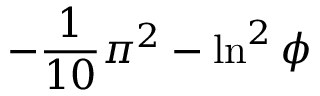
- { \frac { 1 } { 1 0 } } \pi ^ { 2 } - \ln ^ { 2 } \phi